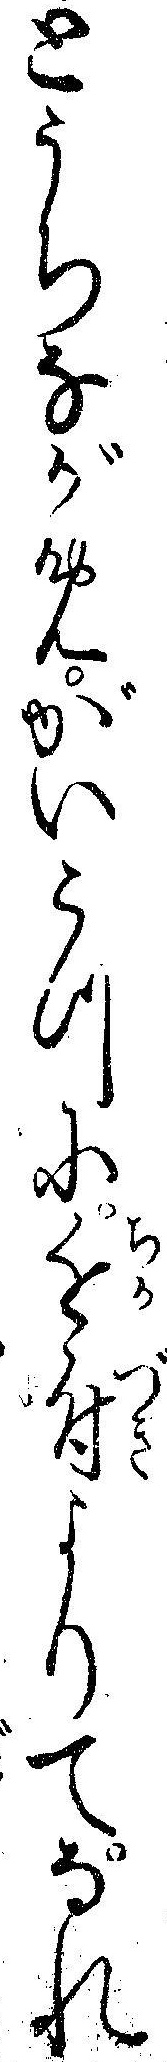
とうちながめがいこつに近付よりてなれ